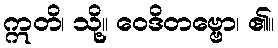
ဣတိ၊ သို့။ ဝေဒိတဗ္ဗော၊ ၏။